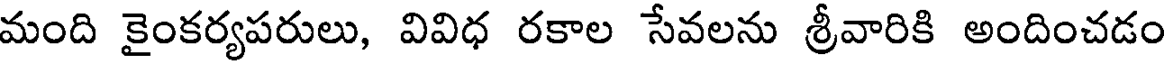
మంది కైంకర్యపరులు, వివిధ రకాల సేవలను శ్రీవారికి అందించడం